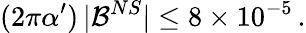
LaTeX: (2\pi\alpha^{\prime})\, |{\cal B}^{NS}|\le 8\times 10^{-5}\, .